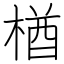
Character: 楢